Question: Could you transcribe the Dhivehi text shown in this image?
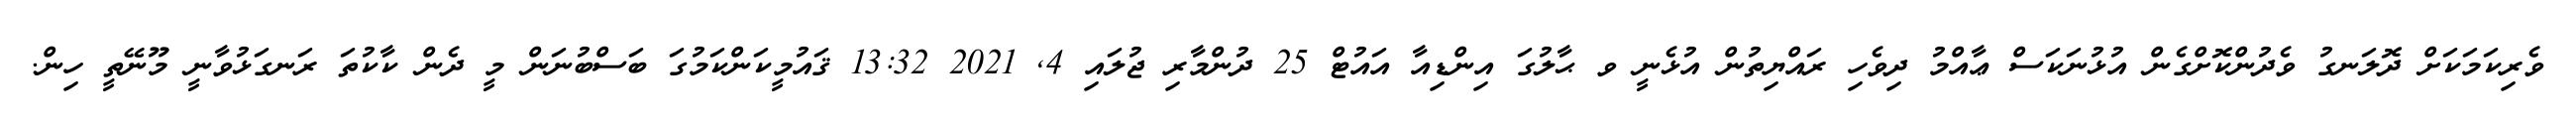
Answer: ވެރިކަމަކަށް ދޮލަނގު ވެދުންކޮށްގެން އުޅުނަކަސް ޢާއްމު ދިވެހި ރައްޔިތުން އުޅެނީ ވ ޙާލުގަ އިންޑިއާ އައުޓް 25 ދުންމާރި ޖުލައި 4, 2021 13:32 ޤައުމީކަންކަމުގަ ބަސްބުނަން މީ ދެން ކާކުތަ ރަނގަޅުވާނީ މޫނޭތީ ހިން.